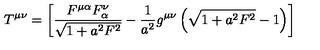
T ^ { \mu \nu } = \left[ \frac { F ^ { \mu \alpha } F _ { \alpha } ^ { \nu } } { \sqrt { 1 + a ^ { 2 } F ^ { 2 } } } - \frac { 1 } { a ^ { 2 } } g ^ { \mu \nu } \left( \sqrt { 1 + a ^ { 2 } F ^ { 2 } } - 1 \right) \right]